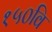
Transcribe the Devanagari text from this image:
१५०वि